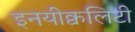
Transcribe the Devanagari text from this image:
इनयीक्वलिटी